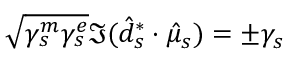
\sqrt { \gamma _ { s } ^ { m } \gamma _ { s } ^ { e } } \Im ( \hat { d } _ { s } ^ { * } \cdot \hat { \mu } _ { s } ) = \pm \gamma _ { s }